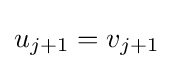
u_{j+1}=v_{j+1}